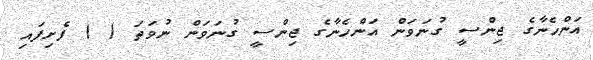
އަންހެނާގެ ޖިންސީ ގުނަވަން އަންހެނާގެ ޖިންސީ ގުނަވަން ނުވަތަ ( ) ފެށިފައި